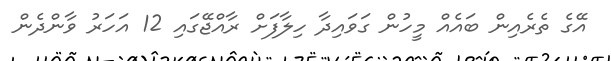
އޭގެ ތެރެއިން ބައެއް މީހުން ގަވައިދާ ހިލާފަށް ރާއްޖޭގައި 12 އަހަރު ވާންދެން